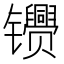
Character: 𬮂